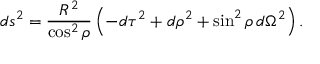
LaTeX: d s ^ { 2 } = \frac { R ^ { 2 } } { \cos ^ { 2 } { \rho } } \left( - d \tau ^ { 2 } + d \rho ^ { 2 } + \sin ^ { 2 } { \rho } \, d \Omega ^ { 2 } \right) .